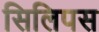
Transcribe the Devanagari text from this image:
सिलिपस